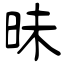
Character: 昧